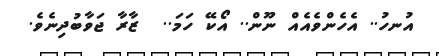
އުނހު.. އެހެންވެއެއް ނޫން.. އޯކޭ ހަމަ..  ޒާރާ ޖަވާބުދިނެވެ.